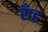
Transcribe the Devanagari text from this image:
रूँह